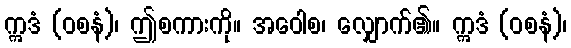
ဣဒံ (ဝစနံ)၊ ဤစကားကို။ အဝေါစ၊ လျှောက်၏။ ဣဒံ (ဝစနံ)၊